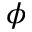
\phi